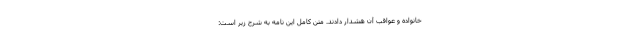
خانواده و عواقب آن هشدار دادند. متن کامل این نامه به شرح زیر است: